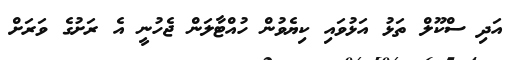
އަދި ސްކޫލް ތަޅު އަޅުވައި ކިޔެވުން ހުއްޓާލަން ޖެހުނީ އެ ރަށުގެ ވަރަށް